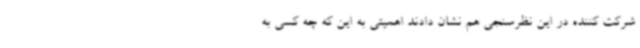
شرکت کننده در این نظرسنجی هم نشان دادند اهمیتی به این که چه کسی به